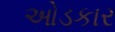
ઓડકાર